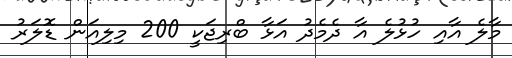
މާލެ އާއި ހުޅުލެ އާ ދެމެދު އަޅާ ބްރިޖަކީ 200 މިލިއަން ޑޮލަރު